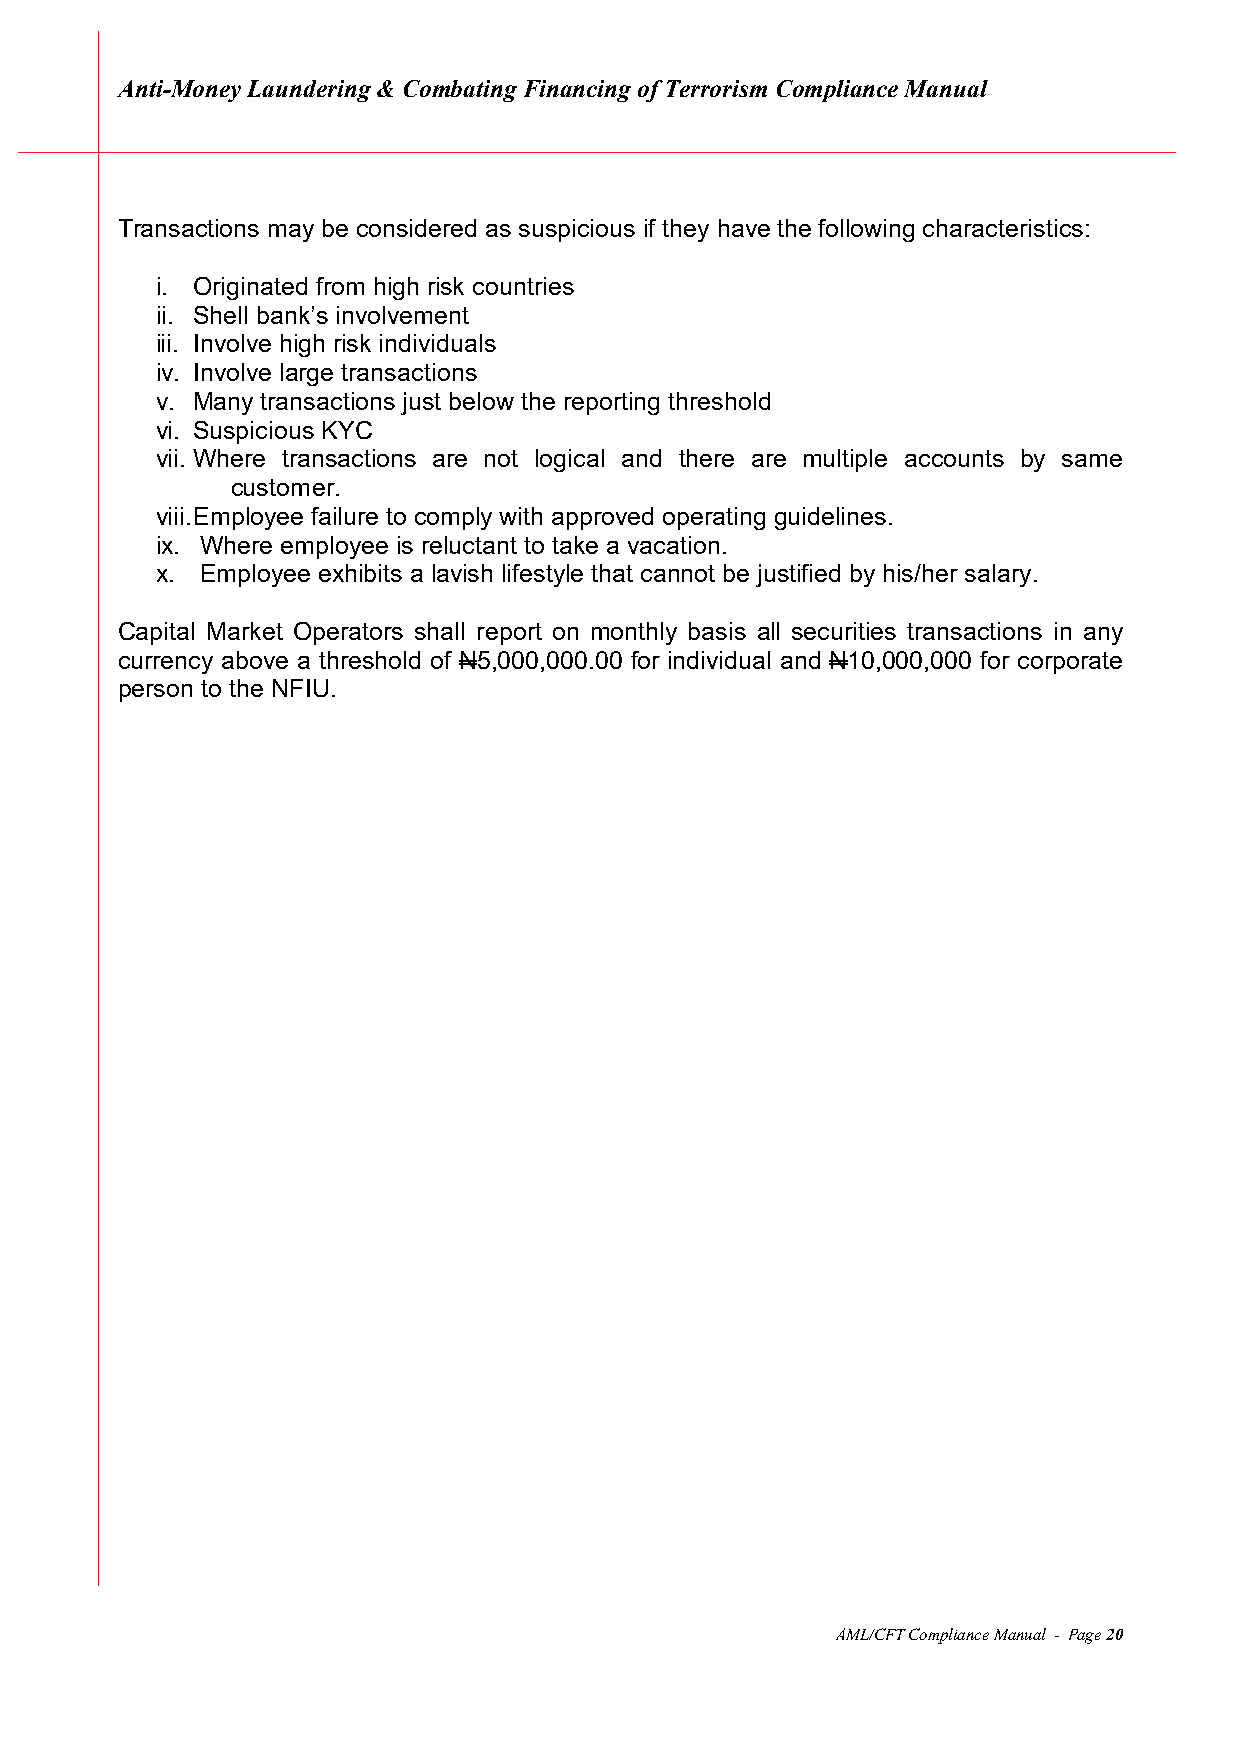
Anti-Money Laundering & Combating Financing of Terrorism Compliance Manual
 Transactions may be considered as suspicious if they have the following characteristics:
 i. Originated from high risk countries
 ii. Shell bank’s involvement
 iii. Involve high risk individuals
 iv. Involve large transactions
 v. Many transactions just below the reporting threshold
 vi. Suspicious KYC
 vii. Where transactions are not logical and there are multiple accounts by same
 customer.
 viii. Employee failure to comply with approved operating guidelines.
 ix. Where employee is reluctant to take a vacation.
 x. Employee exhibits a lavish lifestyle that cannot be justified by his/her salary.
 Capital Market Operators shall report on monthly basis all securities transactions in any
 currency above a threshold of N5,000,000.00 for individual and N10,000,000 for corporate
 person to the NFIU.
 AML/CFT Compliance Manual - Page 20